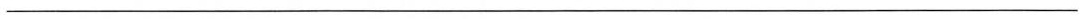
___